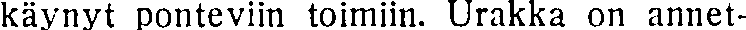
käynyt ponteviin toimiin. Urakka on annet-